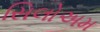
સિલોઅમ